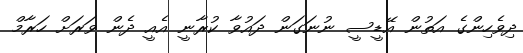
ދިވެހިންގެ އަތުން އޭޑީސީ ނުނަގަން ދައުވާ ކުރާނީ އެއީ ދެން ވަރަށް ހަރާމް